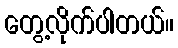
တွေ့လိုက်ပါတယ်။